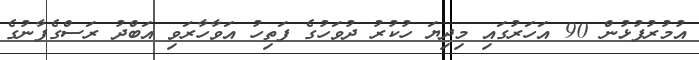
އުމުރުފުޅުން 90 އަހަރުގައި މިދިޔަ ހުކުރު ދުވަހުގެ ފަތިހު އަވާހާރަވި އަބްދު ރަސްގެފާނުގެ